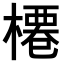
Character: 𣘝